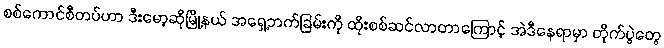
စစ်ကောင်စီတပ်ဟာ ဒီးမော့ဆိုမြို့နယ် အရှေ့ဘက်ခြမ်းကို ထိုးစစ်ဆင်လာတာကြောင့် အဲဒီနေရာမှာ တိုက်ပွဲတွေ